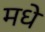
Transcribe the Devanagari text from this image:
मधे